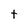
Character: t